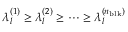
\lambda _ { l } ^ { ( 1 ) } \geq \lambda _ { l } ^ { ( 2 ) } \geq \cdots \geq \lambda _ { l } ^ { ( n _ { \mathrm { b l k } } ) }